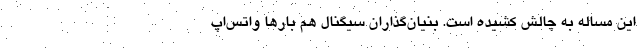
این مساله به چالش کشیده است. بنیان‌گذاران سیگنال هم بارها واتس‌اپ